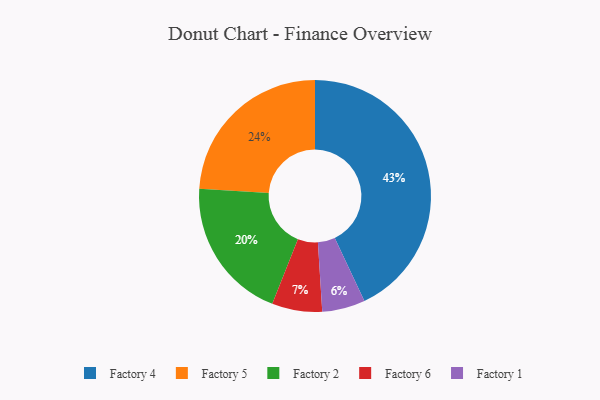
{"axis": {"x": "Category", "y": "Percentage"}, "legend": ["Factory 1", "Factory 2", "Factory 4", "Factory 5", "Factory 6"], "data": [{"x": "Factory 2", "y": 20, "type": "Factory 2"}, {"x": "Factory 4", "y": 43, "type": "Factory 4"}, {"x": "Factory 6", "y": 7, "type": "Factory 6"}, {"x": "Factory 5", "y": 24, "type": "Factory 5"}, {"x": "Factory 1", "y": 6, "type": "Factory 1"}]}